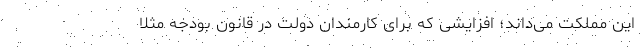
این مملکت می‌داند؛ افزایشی که برای کارمندان دولت در قانون بودجه مثلاً